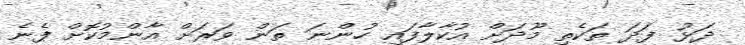
ދަޅު ފަދަ ތަކެތި މޫދަށް އުކާލާފައި ހުންނަ ތަން ވަރަށް އާންމުކޮށް ފެނެ